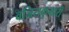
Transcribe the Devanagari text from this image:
वजिराकुमारी